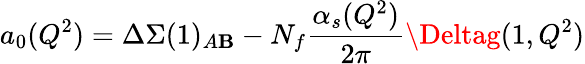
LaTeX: a_{0}(Q^{2})=\Delta\Sigma(1)_{A\mathbf{B}}-N_{f}\frac{{\alpha_{s}(Q^{2})}}{{2\pi}}\Deltag(1,Q^{2})